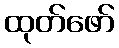
ထုတ်ဖော်